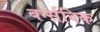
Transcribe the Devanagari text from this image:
बर्न्सविक